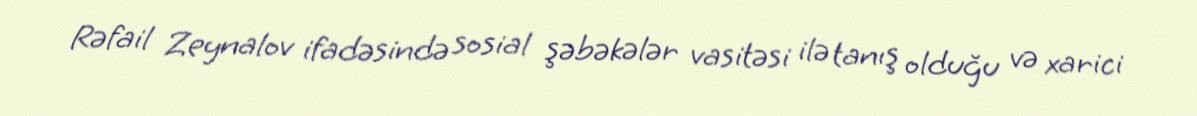
Rəfail Zeynalov ifadəsində sosial şəbəkələr vasitəsi ilə tanış olduğu və xarici